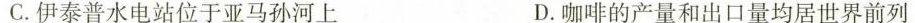
C.伊泰普水电站位于亚马孙河上 D.咖啡的产量和出口量均居世界前列